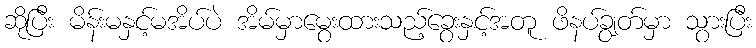
ဆိုပြီး မိန်းမနှင့်မအိပ်ပဲ အိမ်မှာမွေးထားသည့်ခွေးနှင့်အတူ ဖိနပ်ချွတ်မှာ သွားပြီး